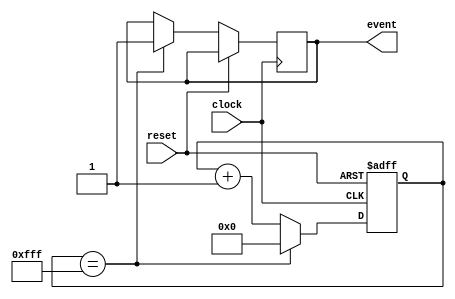
module event_timer (
    input wire clock,
    input wire reset,
    output reg event
);

reg [11:0] counter;

always @ (posedge clock or posedge reset)
if (reset)
    counter <= 12'b000000000000;
else if (counter == 12'b111111111111)
begin
    event <= 1;
    counter <= 12'b000000000000;
end
else
    counter <= counter + 1;

endmodule